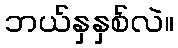
ဘယ်နှနှစ်လဲ။